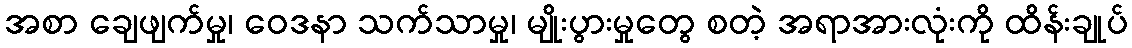
အစာ ချေဖျက်မှု၊ ဝေဒနာ သက်သာမှု၊ မျိုးပွားမှုတွေ စတဲ့ အရာအားလုံးကို ထိန်းချုပ်